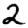
Digit: 2